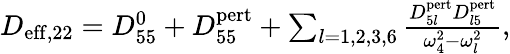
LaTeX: \begin{array}{r}{D_{\mathrm{eff},22}=D_{55}^{0}+D_{55}^{\mathrm{pert}}+\sum_{l=1,2,3,6}\frac{D_{5l}^{\mathrm{pert}}D_{l5}^{\mathrm{pert}}}{\omega_{4}^{2}-\omega_{l}^{2}},}\end{array}